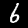
Label: 6